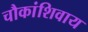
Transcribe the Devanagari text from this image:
चौकांशिवाय